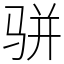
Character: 骈